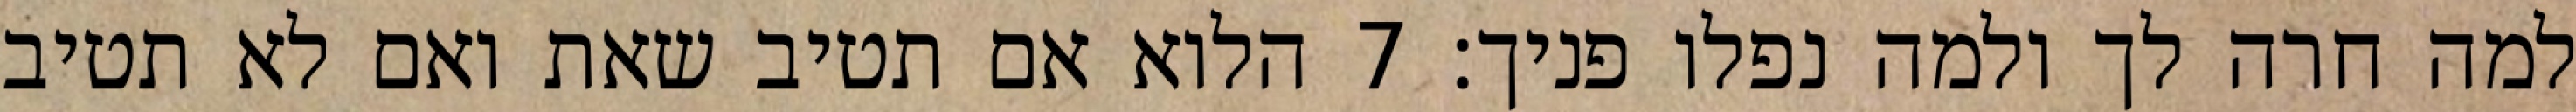
למה חרה לך ולמה נפלו פניך׃ ‎7‏ הלוא אם תטיב שאת ואם לא תטיב